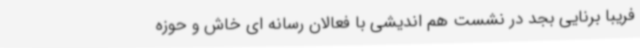
فریبا برنایی بجد در نشست هم اندیشی با فعالان رسانه ای خاش و حوزه